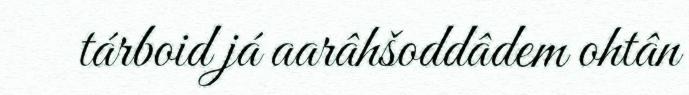
tárboid já aarâhšoddâdem ohtân